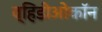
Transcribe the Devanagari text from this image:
व्हिडीओकॉन